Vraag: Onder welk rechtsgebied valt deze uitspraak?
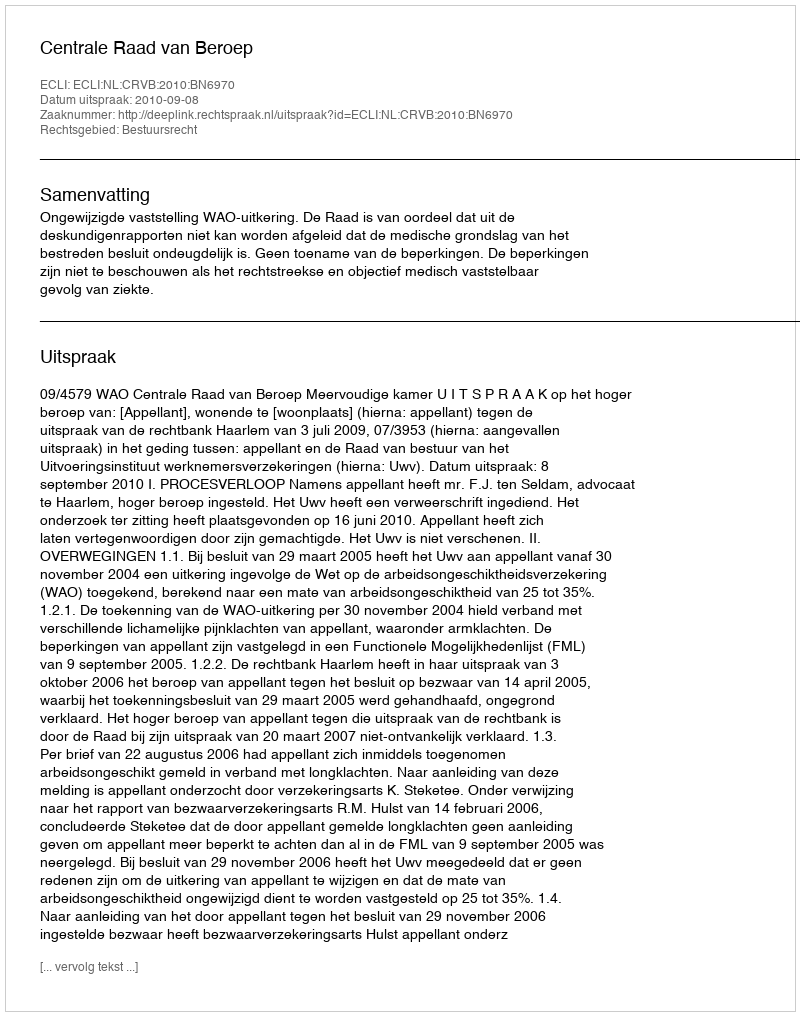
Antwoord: Bestuursrecht